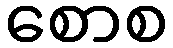
စောစ